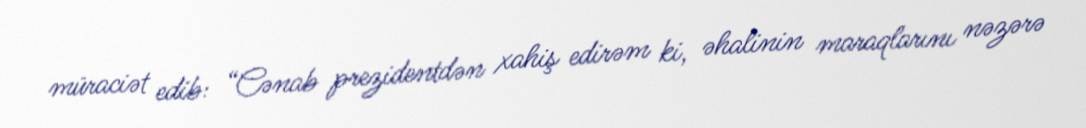
müraciət edib: “Cənab prezidentdən xahiş edirəm ki, əhalinin maraqlarını nəzərə